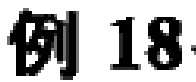
例 18